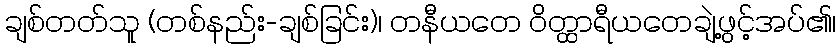
ချစ်တတ်သူ (တစ်နည်း-ချစ်ခြင်း)၊ တနီယတေ ဝိတ္ထာရီယတေချဲ့ဖွင့်အပ်၏၊